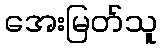
အေးမြတ်သူ